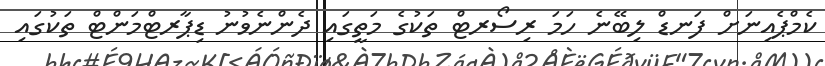
ކެމްޕެއިނަށް ފަނޑް ލިބޭނެ ހަމަ ރިސޯރޓް ތަކުގެ މަތީގައި ދެންނެވުނު ޑިޕާރޓްމަންޓް ތަކުގައި